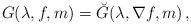
LaTeX: \begin{align*} G(\lambda,f,m)=\breve G(\lambda,\nabla f,m)\,,\end{align*}